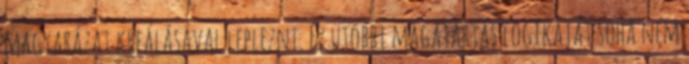
magyarázat kreálásával leplezni. Ez utóbbi magatartás logikáját soha nem